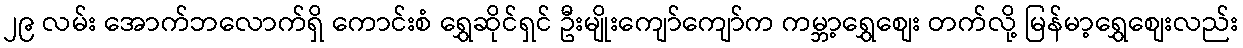
၂၉ လမ်း အောက်ဘလောက်ရှိ ကောင်းစံ ရွှေဆိုင်ရှင် ဦးမျိုးကျော်ကျော်က ကမ္ဘာ့ရွှေစျေး တက်လို့ မြန်မာ့ရွှေစျေးလည်း